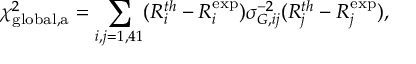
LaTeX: \chi _ { \mathrm { g l o b a l , a } } ^ { 2 } = \sum _ { i , j = 1 , 4 1 } ( R _ { i } ^ { t h } - R _ { i } ^ { \exp } ) \sigma _ { G , i j } ^ { - 2 } ( R _ { j } ^ { t h } - R _ { j } ^ { \exp } ) ,